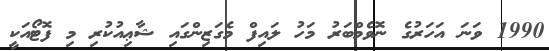
1990 ވަނަ އަހަރުގެ ނޮވެމްބަރު މަހު ލައިފް މެގަޒިންގައި ޝާޢިއުކުރި މި ފޮޓޯއަކީ